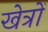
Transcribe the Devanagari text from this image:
खेत्रों